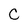
Character: C